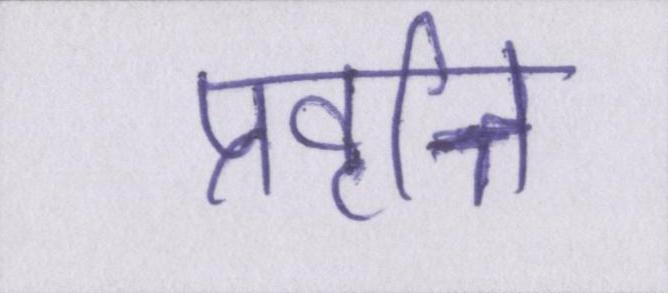
प्रवृत्ति